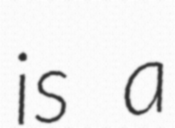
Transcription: is a